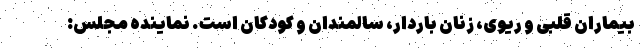
بیماران قلبی و ریوی، زنان باردار، سالمندان و کودکان است. نماینده مجلس: